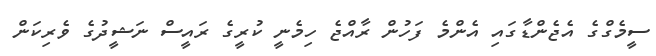
ސީމެގްގެ އެޖެންޑާގައި އެންމެ ފަހުން ރާއްޖެ ހިމެނީ ކުރީގެ ރައީސް ނަޝީދުގެ ވެރިކަން